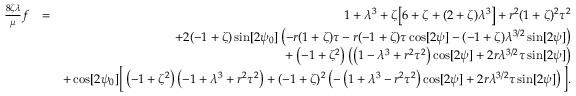
\begin{array} { r l r } { \frac { 8 \zeta \lambda } { \mu } f } & { = } & { 1 + \lambda ^ { 3 } + \zeta \big [ 6 + \zeta + ( 2 + \zeta ) \lambda ^ { 3 } \big ] + r ^ { 2 } ( 1 + \zeta ) ^ { 2 } \tau ^ { 2 } } \\ & { } & { + 2 ( - 1 + \zeta ) \sin [ 2 \psi _ { 0 } ] \left( - r ( 1 + \zeta ) \tau - r ( - 1 + \zeta ) \tau \cos [ 2 \psi ] - ( - 1 + \zeta ) \lambda ^ { 3 / 2 } \sin [ 2 \psi ] \right) } \\ & { } & { + \left( - 1 + \zeta ^ { 2 } \right) \left( \left( 1 - \lambda ^ { 3 } + r ^ { 2 } \tau ^ { 2 } \right) \cos [ 2 \psi ] + 2 r \lambda ^ { 3 / 2 } \tau \sin [ 2 \psi ] \right) } \\ & { } & { + \cos [ 2 \psi _ { 0 } ] \bigg [ \left( - 1 + \zeta ^ { 2 } \right) \left( - 1 + \lambda ^ { 3 } + r ^ { 2 } \tau ^ { 2 } \right) + ( - 1 + \zeta ) ^ { 2 } \left( - \left( 1 + \lambda ^ { 3 } - r ^ { 2 } \tau ^ { 2 } \right) \cos [ 2 \psi ] + 2 r \lambda ^ { 3 / 2 } \tau \sin [ 2 \psi ] \right) \bigg ] . } \end{array}